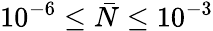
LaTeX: {{10}^{-6}}\le\bar{N}\le{{10}^{-3}}